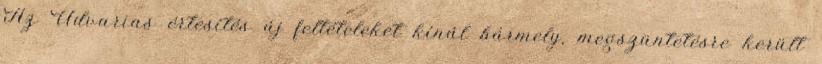
Az Udvarias értesítés új feltételeket kínál bármely, megszüntetésre került